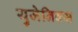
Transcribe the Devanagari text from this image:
युजेनिक्स